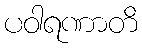
ပဝါရဏာတိ